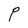
Character: P